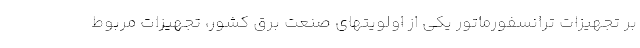
بر تجهیزات ترانسفورماتور یکی از اولویتهای صنعت برق کشور، تجهیزات مربوط